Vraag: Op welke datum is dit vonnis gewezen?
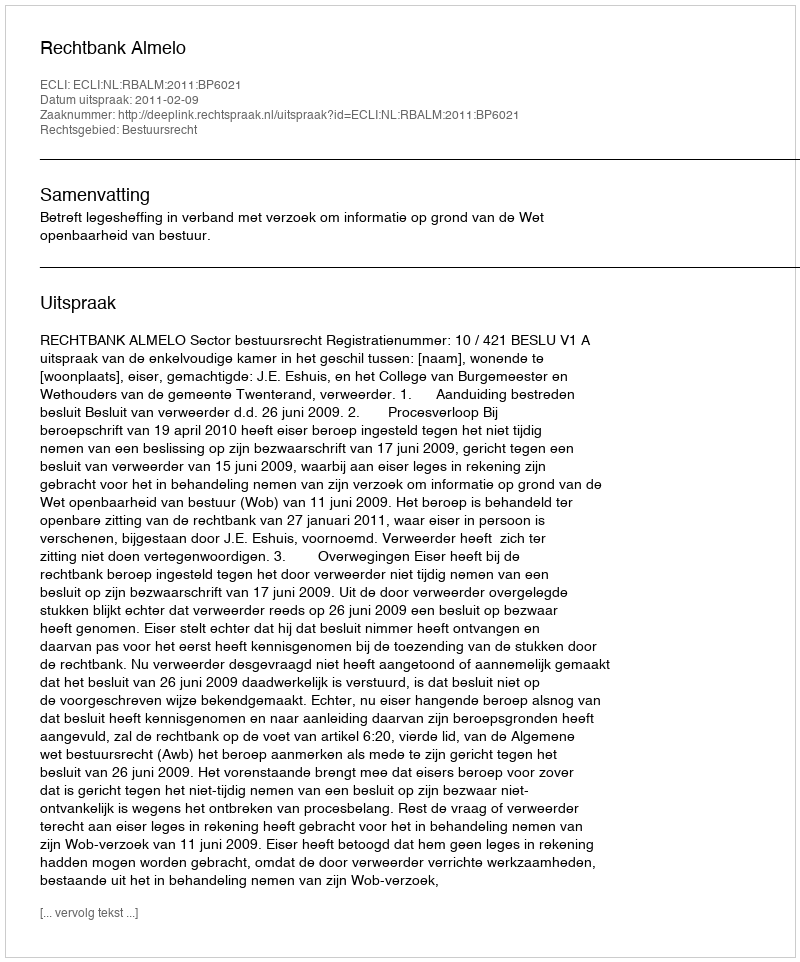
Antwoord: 2011-02-09